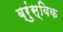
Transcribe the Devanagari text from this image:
ब्रुंस्विक